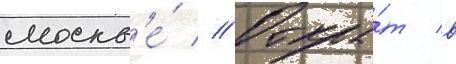
москв'е́ // Откры́т в